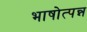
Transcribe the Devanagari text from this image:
भाषोत्पन्न